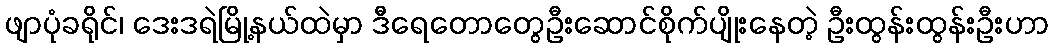
ဖျာပုံခရိုင်၊ ဒေးဒရဲမြို့နယ်ထဲမှာ ဒီရေတောတွေဦးဆောင်စိုက်ပျိုးနေတဲ့ ဦးထွန်းထွန်းဦးဟာ